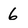
Character: 6